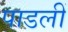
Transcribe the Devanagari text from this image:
पाडलीं